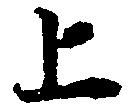
上